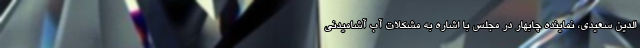
الدین سعیدی، نماینده چابهار در مجلس با اشاره به مشکلات آب آشامیدنی